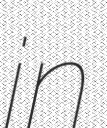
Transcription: in